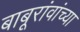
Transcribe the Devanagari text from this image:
बाबूरांवांच्या